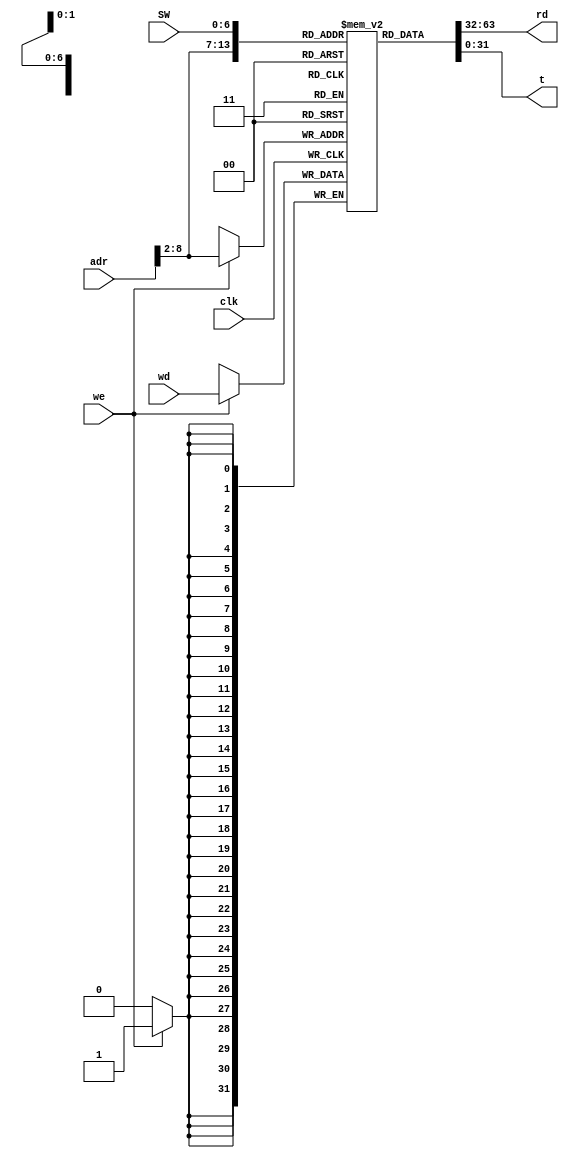
`timescale 1ns / 1ps
//////////////////////////////////////////////////////////////////////////////////
// Company: 
// Engineer: 
// 
// Design Name: 
// Module Name: dmem
// Project Name: 
// Target Devices: 
// Tool Versions: 
// Description: 
// 
// Dependencies: 
// 
// Revision:
// Revision 0.01 - File Created
// Additional Comments:
// 
//////////////////////////////////////////////////////////////////////////////////


module dmem(
    input clk,we,
    input [31:0] adr,wd,
    output [31:0] rd,
    input [6:0] SW,
    output reg [31:0] t
    );
    
    reg [31:0] RAM[127:0];//32bit x 128
    
    assign rd=RAM[adr[31:2]];
    
    always@(posedge clk)
    if(we)
        RAM[adr[31:2]]<=wd;
        
    //display
    always@(*)
        t<=RAM[SW];
    
endmodule